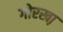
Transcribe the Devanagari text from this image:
गोरखा़